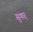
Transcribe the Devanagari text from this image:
सुथार्